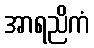
အာရညိကံ